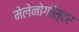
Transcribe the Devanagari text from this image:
मेलेनोगॉस्टर